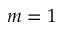
m = 1